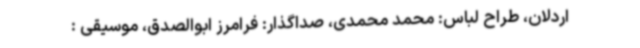
اردلان، طراح لباس: محمد محمدی، صداگذار: فرامرز ابوالصدق، موسیقی :